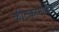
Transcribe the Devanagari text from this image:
कीटकामार्फत